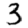
Digit: 3